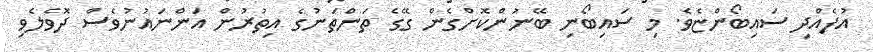
އުފެއްދި ސައިބޯންޏެވެ. މި ސައިބޯނި ބޭނުންކޮށްގެން ގޭގެ ތަންތަނުގެ އިތުރުން އަންނައުނުވެސް ދޮވެލެވި